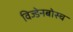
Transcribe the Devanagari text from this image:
विज्डेनबोस्च